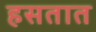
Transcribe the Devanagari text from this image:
हसतात